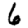
Digit: 6